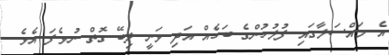
އެ މައްސަލާގައި ފުލުހުންގެ ބަހެއް އަދި ވަނީ ލިބޭ ގޮތް ނުވެފަ އެވެ.